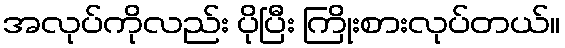
အလုပ်ကိုလည်း ပိုပြီး ကြိုးစားလုပ်တယ်။